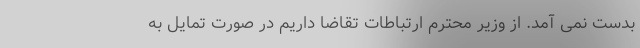
بدست نمی آمد. از وزیر محترم ارتباطات تقاضا داریم در صورت تمایل به